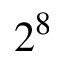
2 ^ { 8 }